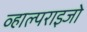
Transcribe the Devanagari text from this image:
व्हाल्पराइजो